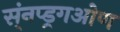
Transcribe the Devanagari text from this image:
स्ंनप्ड्रगओण